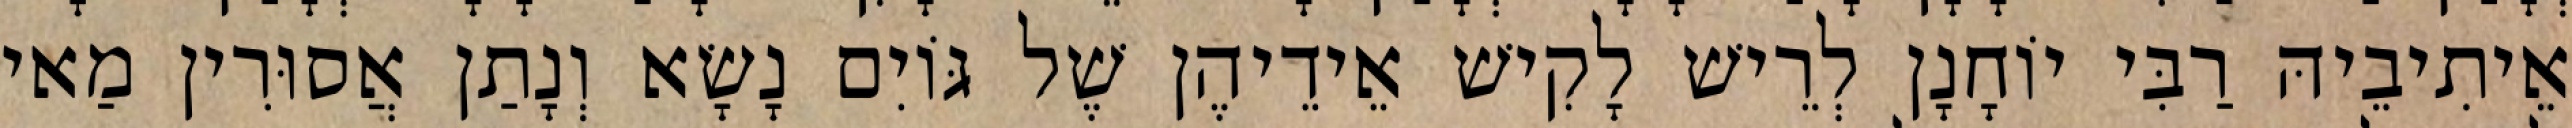
אֵיתִיבֵיהּ רַבִּי יוֹחָנָן לְרֵישׁ לָקִישׁ אֵידֵיהֶן שֶׁל גּוֹיִם נָשָׂא וְנָתַן אֲסוּרִין מַאי